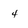
Character: 4